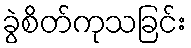
ခွဲစိတ်ကုသခြင်း